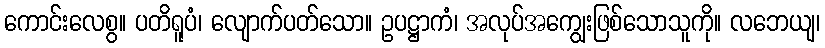
ကောင်းလေစွ။ ပတိရူပံ၊ လျောက်ပတ်သော။ ဥပဋ္ဌာကံ၊ အလုပ်အကျွေးဖြစ်သောသူကို။ လဘေယျ၊